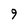
Character: 9